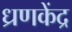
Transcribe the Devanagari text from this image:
ध्रणकेंद्र